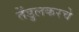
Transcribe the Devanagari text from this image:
तेंडुलकरचे